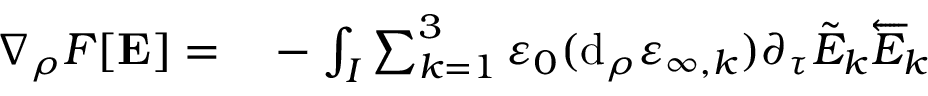
\begin{array} { r l } { \nabla _ { \rho } F [ \mathbf { E } ] = } & { { } - \int _ { I } \sum _ { k = 1 } ^ { 3 } \varepsilon _ { 0 } ( \mathrm { d } _ { \rho } \varepsilon _ { \infty , k } ) \partial _ { \tau } \tilde { E } _ { k } \overleftarrow { E } _ { k } } \end{array}